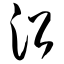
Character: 沿